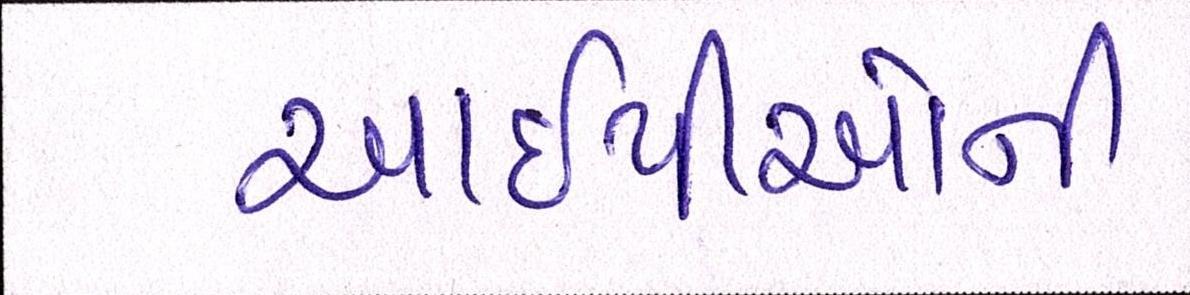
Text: આઇપીઓની